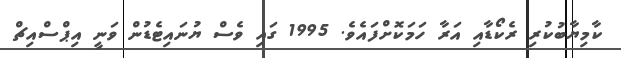
ކާމިޔާބުކުރި ރެކޯޑާއި އަރާ ހަމަކޮށްފައެވެ. 1995 ގައި ވެސް ޔުނައިޓެޑުން ވަނީ އިޕްސްއިޗް